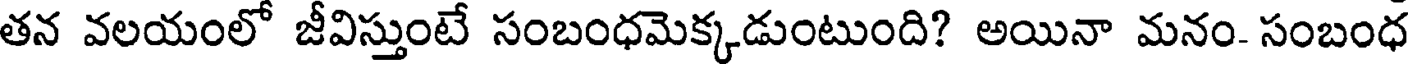
తన వలయంలో జీవిస్తుంటే సంబంధమెక్కడుంటుంది? అయినా మనం- సంబంధ